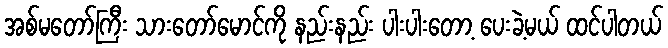
အစ်မတော်ကြီး သားတော်မောင်ကို နည်းနည်း ပါးပါးတော့ ပေးခဲ့မယ် ထင်ပါတယ်